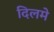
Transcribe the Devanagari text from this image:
दिलमे